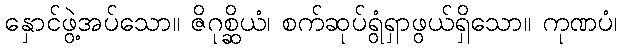
နှောင်ဖွဲ့အပ်သော။ ဇိဂုစ္ဆိယံ၊ စက်ဆုပ်ရွံရှာဖွယ်ရှိသော။ ကုဏပံ၊